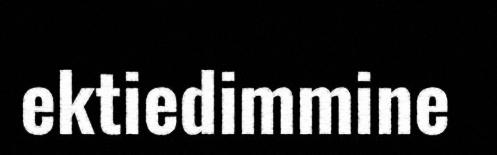
ektiedimmine